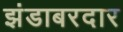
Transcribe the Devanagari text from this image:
झंडाबरदार